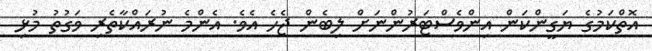
އޮތްކަމުގެ ޔަގީންކަން އިންވެސްޓަރުންނަށް ލިބެން ޖެހެ އެވެ. އެންމެ ނުރައްކާތެރި ވަގުތު މުޅި